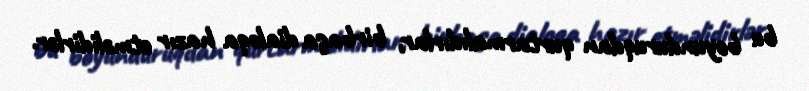
bu boyunduruqdan qurtarmalıdırlar, birbaşa dialoqa hazır etməlidirlər.